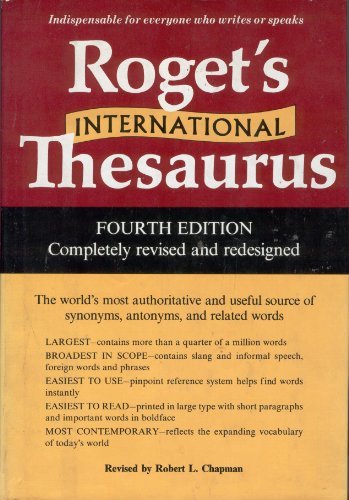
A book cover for Roget's International Thesaurus (Harper Colophon Books); Peter Mark Roget; Reference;